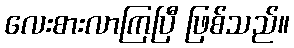
လေးစားလာကြပြီ ဖြစ်သည်။